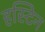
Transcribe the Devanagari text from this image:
हस्टिन